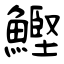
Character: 鰹